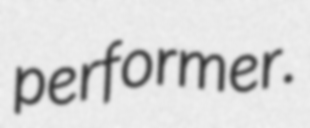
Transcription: performer.